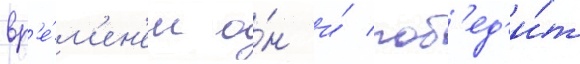
вр'е́м'ен'ем о́н и́ поб'ед'и́т